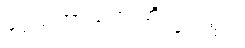
ဒွေသဟာယက ဘိက္ခုဝတ္ထု။